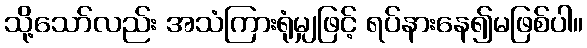
သို့သော်လည်း အသံကြားရုံမျှဖြင့် ရပ်နားနေ၍မဖြစ်ပါ။